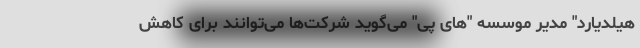
هیلدیارد" مدیر موسسه "های پی" می‌گوید شرکت‌ها می‌توانند برای کاهش